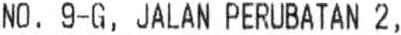
NO. 9-G, JALAN PERUBATAN 2,